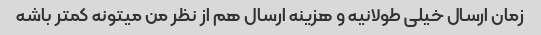
زمان ارسال خیلی طولانیه و هزینه ارسال هم از نظر من میتونه کمتر باشه